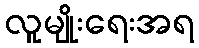
လူမျိုးရေးအရ